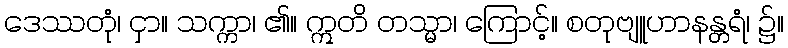
ဒေဿတုံ၊ ငှာ။ သက္ကာ၊ ၏။ ဣတိ တသ္မာ၊ ကြောင့်။ စတုဗျူဟာနန္တရံ၊ ၌။